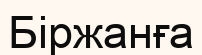
Біржанға